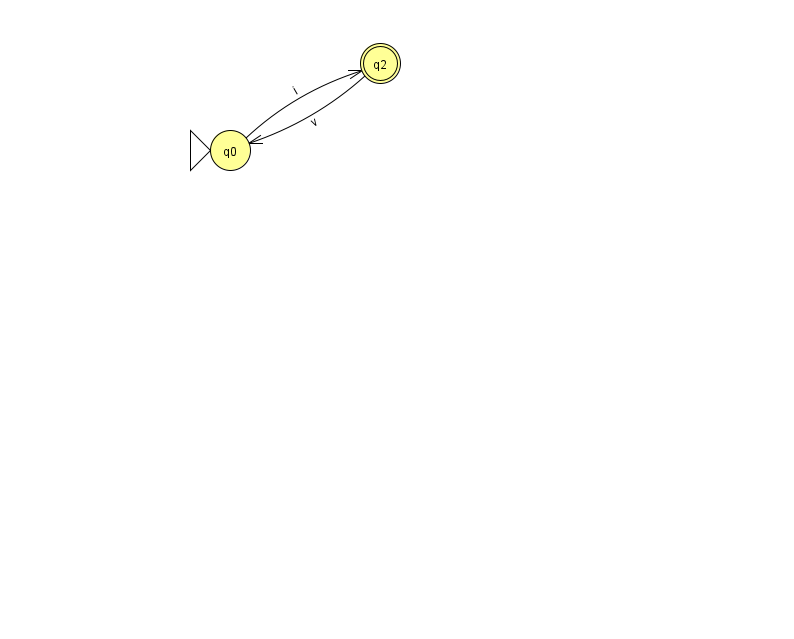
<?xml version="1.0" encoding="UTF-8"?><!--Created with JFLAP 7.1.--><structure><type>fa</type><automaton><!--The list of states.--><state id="0" name="q0"><x>230.0</x><y>137.0</y><initial/></state><state id="2" name="q2"><x>380.0</x><y>50.0</y><final/></state><!--The list of transitions.--><transition><from>2</from><to>0</to><read>v</read></transition><transition><from>0</from><to>2</to><read>i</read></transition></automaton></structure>